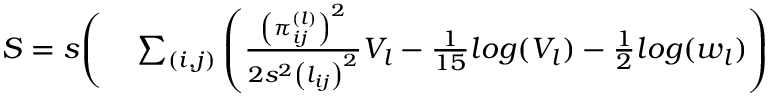
\begin{array} { r l } { S = s \Bigg ( } & { { } \sum _ { ( i , j ) } \left( \frac { \left( \pi _ { i j } ^ { ( l ) } \right) ^ { 2 } } { 2 s ^ { 2 } \left( l _ { i j } \right) ^ { 2 } } V _ { l } - \frac { 1 } { 1 5 } l o g ( V _ { l } ) - \frac { 1 } { 2 } l o g ( w _ { l } ) \right) } \end{array}